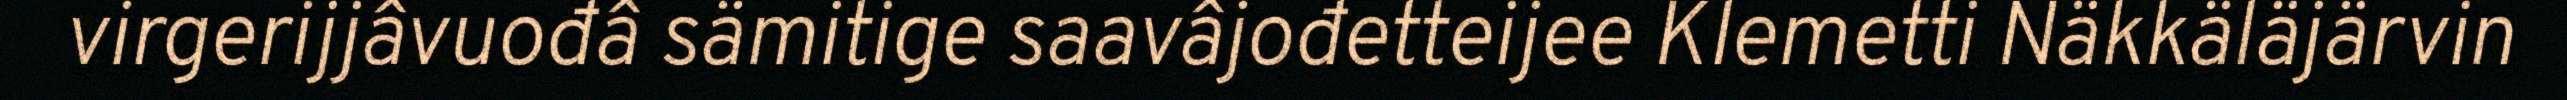
virgerijjâvuođâ sämitige saavâjođetteijee Klemetti Näkkäläjärvin